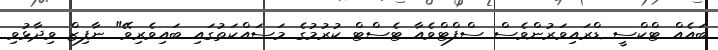
ބައެއް ޓްކްސީ ޑްރައިވަރުންވެސް ސްފްޓްވެއާ ޓެސްޓް ކުރުމުގެ މަސައްކަތުގައި ބައިވެރިވޭ" ނާފިޒް ވިދާޅުވި